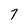
Character: 7